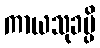
ကာယသုခမ္ပိ